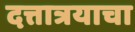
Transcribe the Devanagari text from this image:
दत्तात्रयाचा